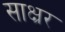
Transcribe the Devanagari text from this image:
साक्ष्रर